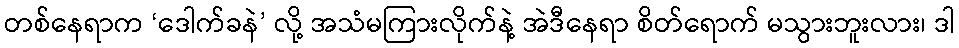
တစ်နေရာက ‘ဒေါက်ခနဲ’ လို့ အသံမကြားလိုက်နဲ့ အဲဒီနေရာ စိတ်ရောက် မသွားဘူးလား၊ ဒါ